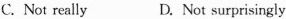
C. Not really D. Not surprisingly